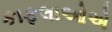
કાફલાઓએ